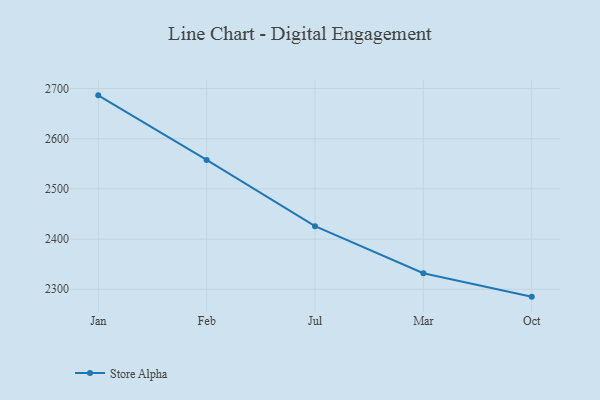
{"axis": {"x": "Month", "y": "Energy Usage (MWh)"}, "legend": ["Store Alpha"], "data": [{"x": "Jan", "y": 2686.4, "type": "Store Alpha"}, {"x": "Feb", "y": 2557.7, "type": "Store Alpha"}, {"x": "Jul", "y": 2425.7, "type": "Store Alpha"}, {"x": "Mar", "y": 2332.0, "type": "Store Alpha"}, {"x": "Oct", "y": 2285.3, "type": "Store Alpha"}]}